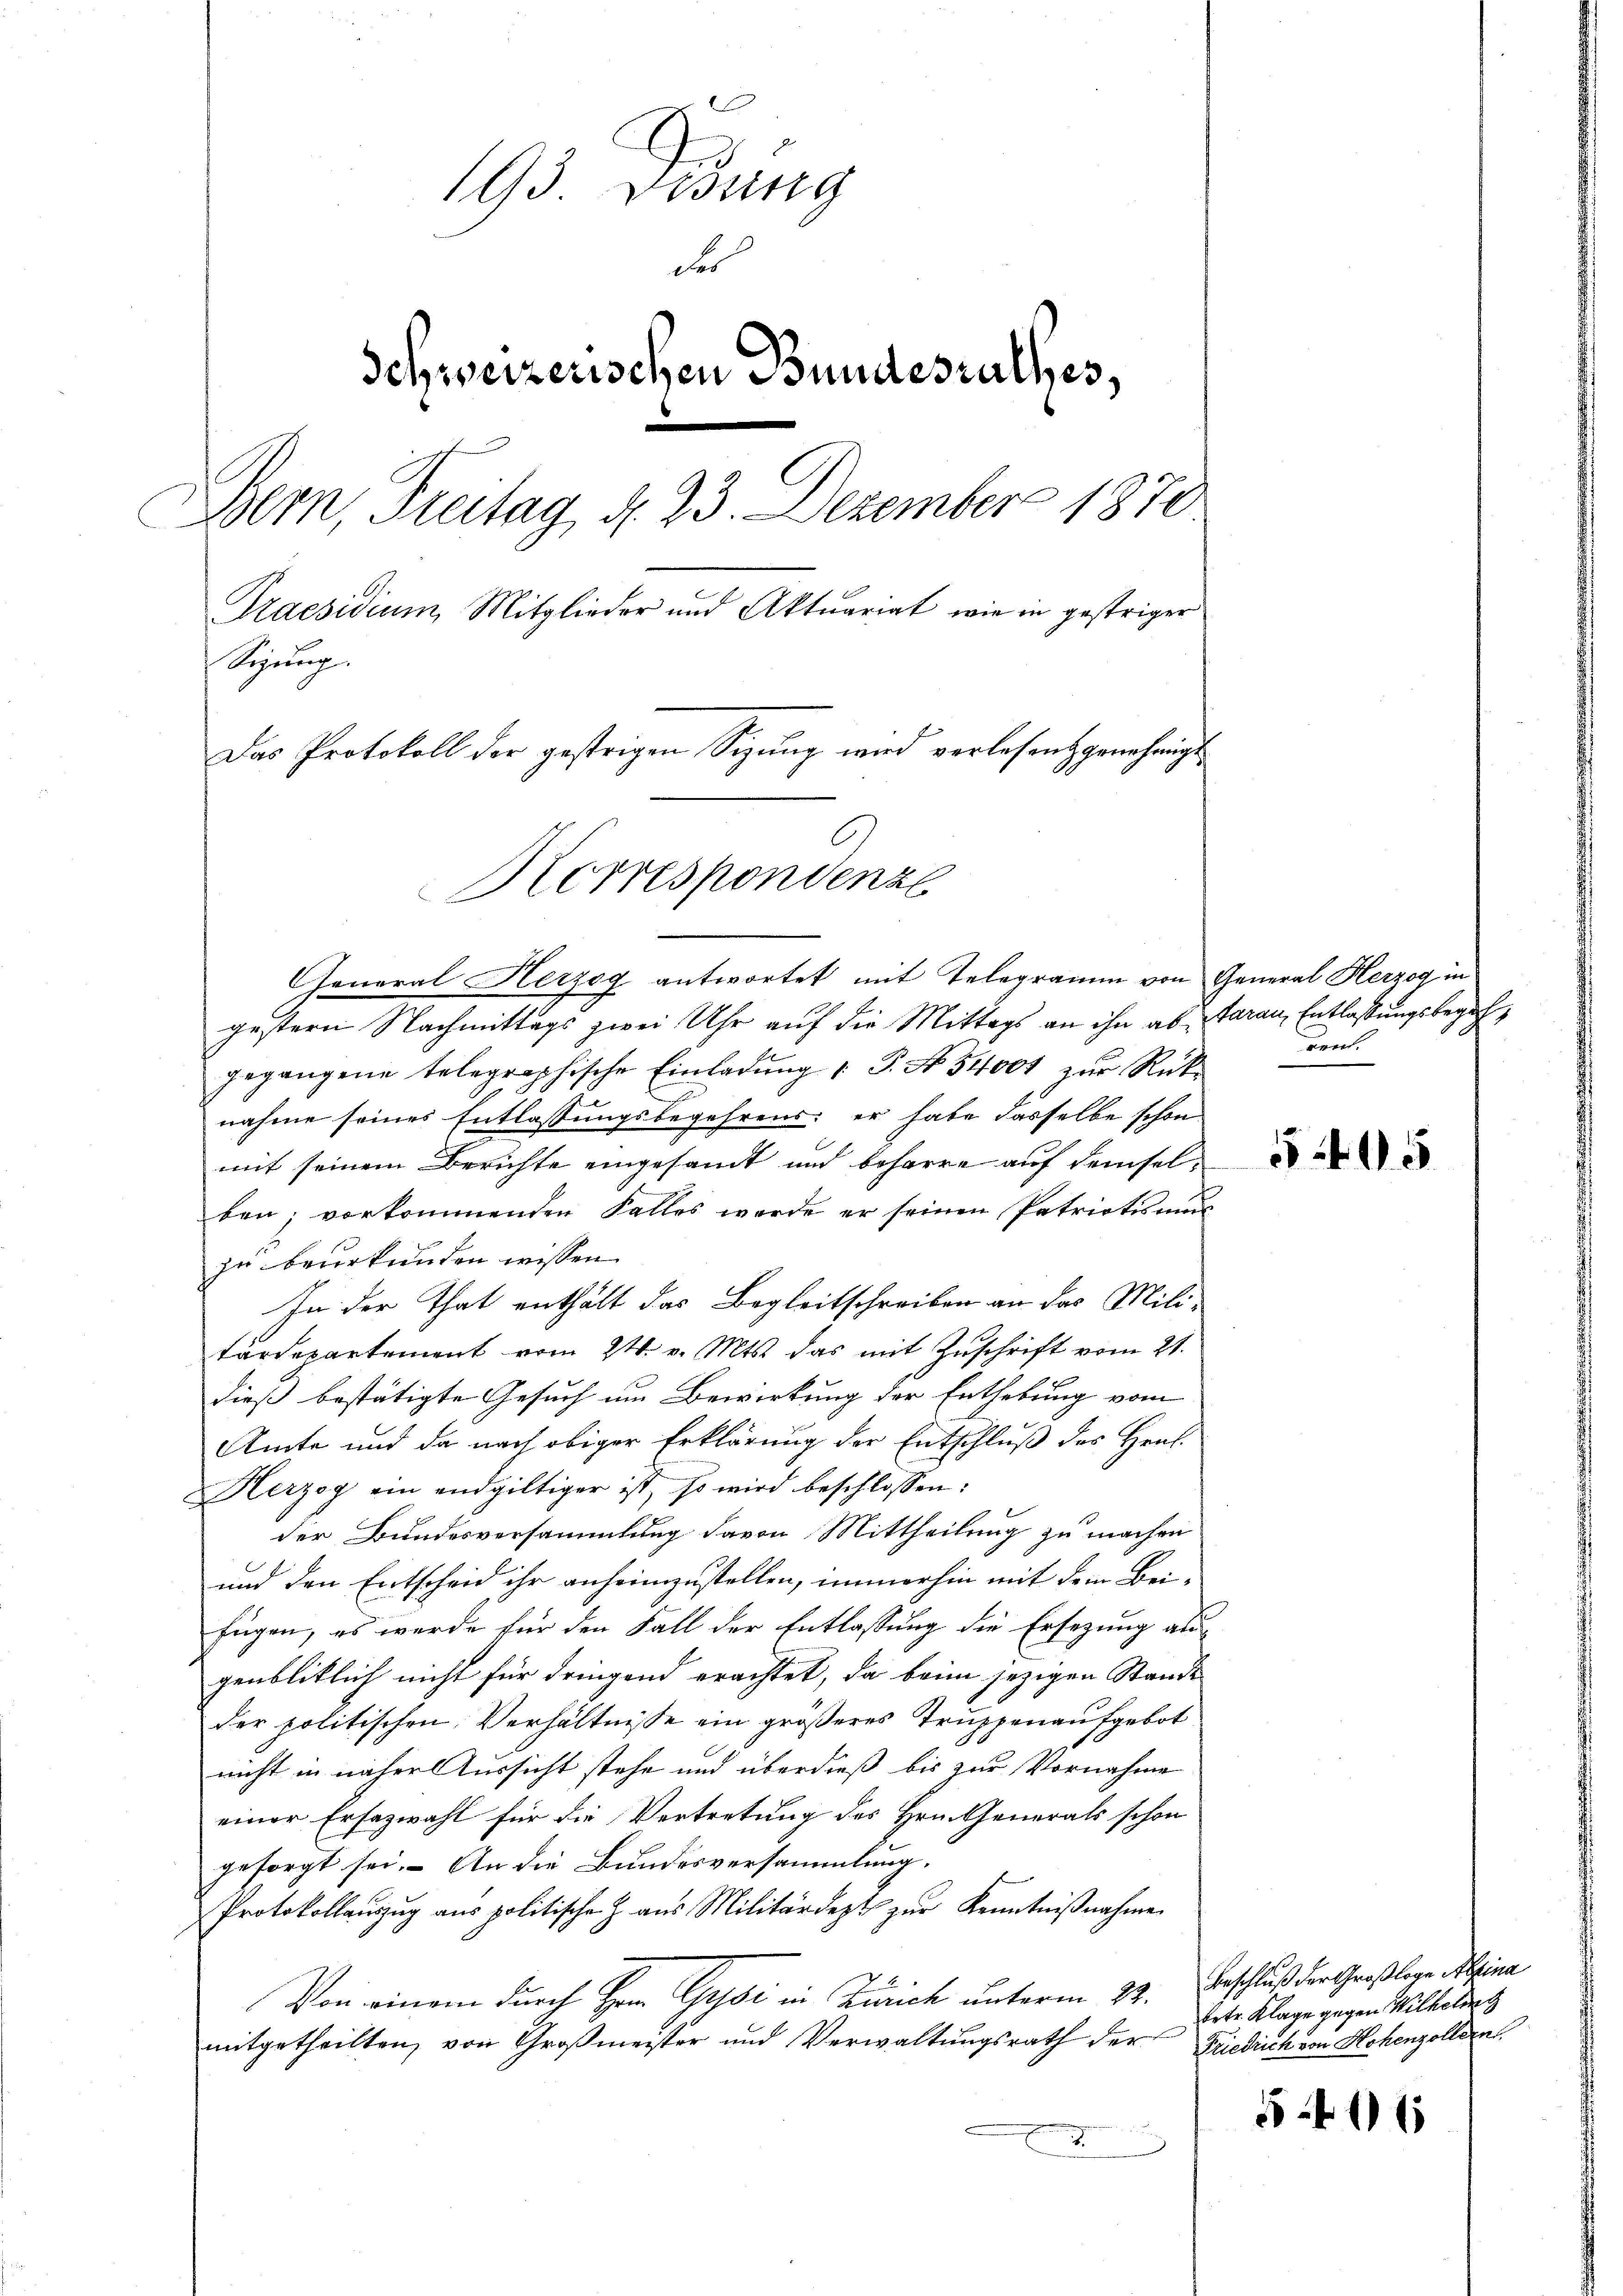
193. Desung
des
Schweizerischen Bundesrathes,
Bern, Freitag d. 23. Dezember 1870
Praesidium, Mitglieder und Aktuariat, wie in gestriger
Sigŭng.
Das Protokoll der gestrigen Sizung wird verlesent genehmigt
Horrespondenze

General Herzog antwortet mit Telegramm von General Herzog in
gestern Nachmittags zwei Uhr auf die Mittags an ihn ab daran, Entlassungsbegehgegangene telegraphische Einladŭng 1 S. No 54000 zŭr Rück-
nahme seines Entlassungsbegehrens: er habe dasselbe schon
mit seinem Berichte eingesandt und beharre auf demselben; vorkommenden Falles werde er seinen Patriotismus
zu beurkunden wissen.
In der That enthält das Begleitschreiben an das Militärdepartement vom 24. v. Mts. das mit Zuschrift vom 21.
dieß bestätigte Gesuch um Bewirkung der Enthebung vom
Amte und da nach obiger Erklärung der Entschluß des Hrn.
Herzog ein endgültiger ist, so wird beschlossen:
der Bundesversammlung davon Mittheilung zu machen
und den Entscheid ihr anheimzustellen, immerhin mit dem Bei-
fügen, es werde für den Fall der Entlassung die Ersezung au
genbliklich nicht für dringend erachtet, da beim jezigen Stande
der politischen Verhältnisse ein größeres Truppenaufgebot
nicht in näher Aussicht stehe und überdieß bis zur Vornahme
einer Ersezwahl für die Vertretung des Hrn. Generals schon
gesorgt sei. An die Bundesversammlung.
Protokollauszug aus politische Z. aus Militärdept zŭr Kenntnißnahme
Von einem durch Herrn Gysi in Zürich unterm 22. Beschluß der Großlige Alina
mitgetheilten, von Großmeister und Verwaltungsrath der Friedrich von Hohenzollern.

rent.

§ 405

Ertr. Klage gegen Wilhelm

5406